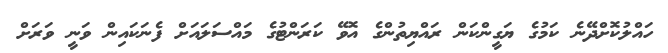
ހައްލުކޮށްދޭނެ ކަމުގެ ޔަގީންކަން ރައްޔިތުންގެ އޮވޭ ކަރަންޓުގެ މައްސަލައަށް ފެނަކައިން ވަނީ ވަރަށް